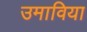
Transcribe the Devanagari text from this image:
उमाविया